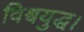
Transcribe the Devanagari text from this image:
विश्वयुद्ध।